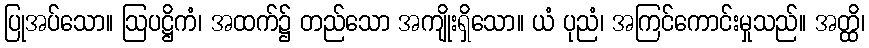
ပြုအပ်သော။ ဩပဋ္ဌိကံ၊ အထက်၌ တည်သော အကျိုးရှိသော။ ယံ ပုညံ၊ အကြင်ကောင်းမှုသည်။ အတ္ထိ၊